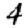
Digit: 4